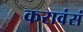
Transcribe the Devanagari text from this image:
करावंसं